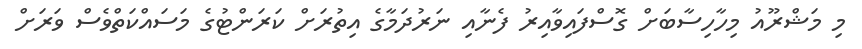
މި މަޝްރޫއު މިހާހިސާބަށް ގޮސްފައިވާއިރު ފެނާއި ނަރުދަމާގެ އިތުރަށް ކަރަންޓުގެ މަސައްކަތްވެސް ވަރަށް